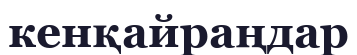
кенқайраңдар